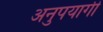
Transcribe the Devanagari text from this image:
अनुपयागी